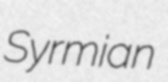
Syrmian